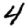
Digit: 4